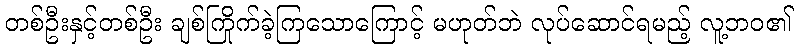
တစ်ဦးနှင့်တစ်ဦး ချစ်ကြိုက်ခဲ့ကြသောကြောင့် မဟုတ်ဘဲ လုပ်ဆောင်ရမည့် လူ့ဘဝ၏